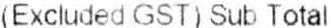
(EXCLUDED GST) SUB TOTAL